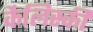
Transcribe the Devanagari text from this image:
कैलिस्की